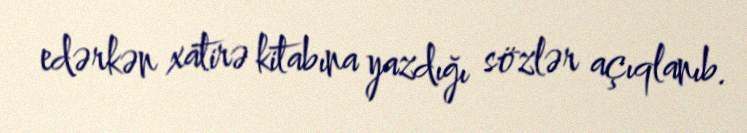
edərkən xatirə kitabına yazdığı sözlər açıqlanıb.